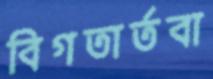
বিগতার্তবা